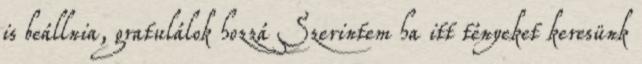
is beállnia, gratulálok hozzá Szerintem ha itt tényeket keresünk